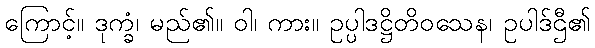
ကြောင့်။ ဒုက္ခံ၊ မည်၏။ ဝါ၊ ကား။ ဥပ္ပါဒဋ္ဌိတိဝသေန၊ ဥပါဒ်ဌီ၏